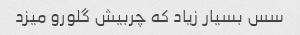
سس بسیار زیاد که چربیش گلورو میزد